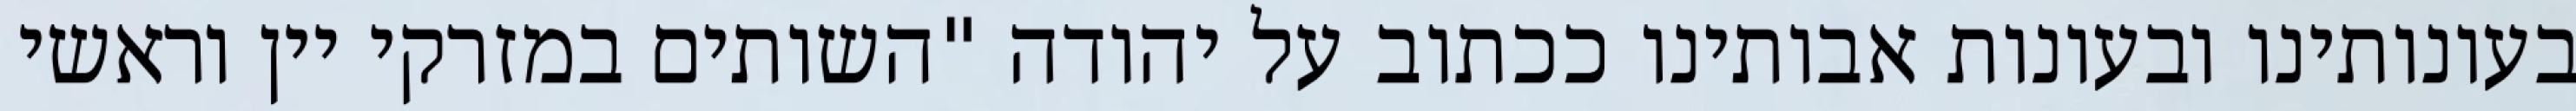
בעונותינו ובעונות אבותינו ככתוב על יהודה "השותים במזרקי יין וראשי‏